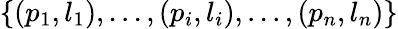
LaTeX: \left\{ (p_{1},l_{1}),...,(p_{i},l_{i}),...,(p_{n},l_{n})\right\}